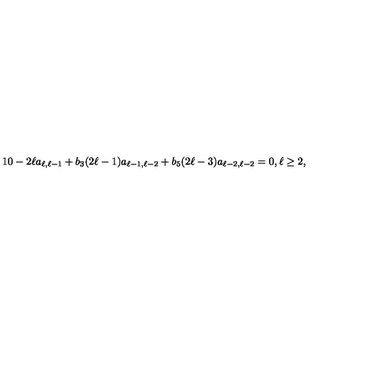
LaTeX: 1 0 - 2 \ell a _ { \ell , \ell - 1 } + b _ { 3 } ( 2 \ell - 1 ) a _ { \ell - 1 , \ell - 2 } + b _ { 5 } ( 2 \ell - 3 ) a _ { \ell - 2 , \ell - 2 } = 0 , \ell \geq 2 ,